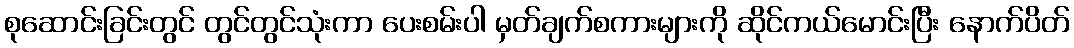
စုဆောင်းခြင်းတွင် တွင်တွင်သုံးကာ ပေးစမ်းပါ မှတ်ချက်စကားများကို ဆိုင်ကယ်မောင်းပြီး နောက်ပိတ်